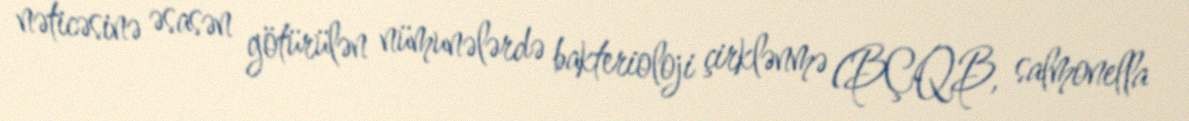
nəticəsinə əsasən götürülən nümunələrdə bakterioloji çirklənmə (BÇQB, salmonella